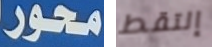
محور إلتقط